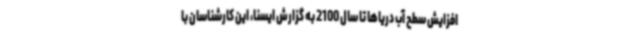
افزایش سطح آب دریاها تا سال 2100 به گزارش ایسنا، این کارشناسان با